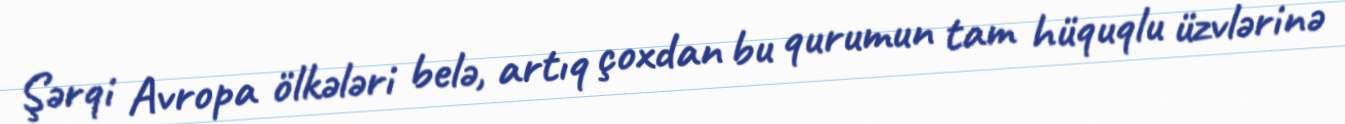
Şərqi Avropa ölkələri belə, artıq çoxdan bu qurumun tam hüquqlu üzvlərinə